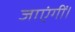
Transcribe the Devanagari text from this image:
जाएंगीं।